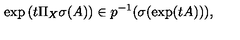
\exp \left( t \Pi _ { X } \sigma ( A ) \right) \in p ^ { - 1 } ( \sigma ( \exp ( t A ) ) ) ,